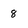
Character: 8